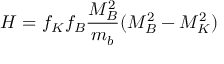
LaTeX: H = f _ { K } f _ { B } { \frac { M _ { B } ^ { 2 } } { m _ { b } } } ( M _ { B } ^ { 2 } - M _ { K } ^ { 2 } )